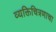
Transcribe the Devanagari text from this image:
व्यक्तिचित्रणाचा